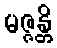
မဇ္ဇန္တိ